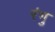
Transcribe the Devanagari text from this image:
रंगु